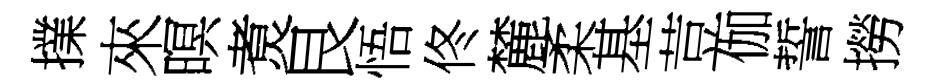
擈來暝煑艮悟佟麓柔基荳伽誓撈